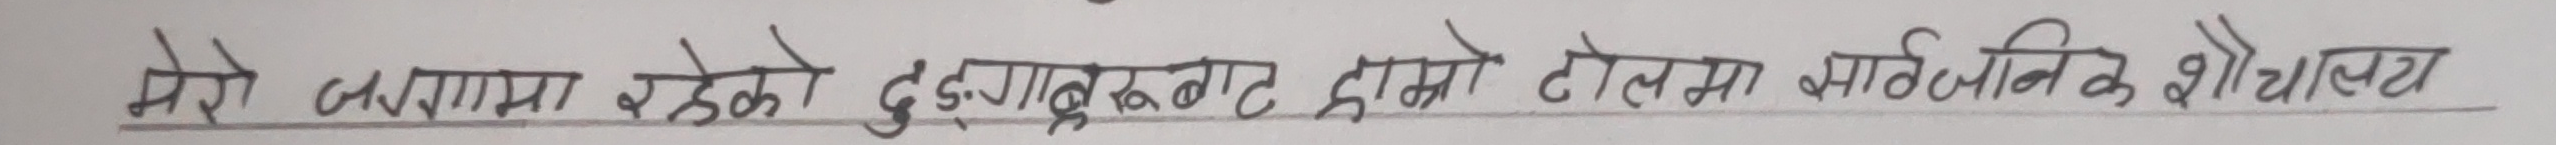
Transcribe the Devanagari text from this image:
मेरो लगायत रहेको दुङ्गबाट हाम्रो टोलमा सार्वजनिक शौचालय